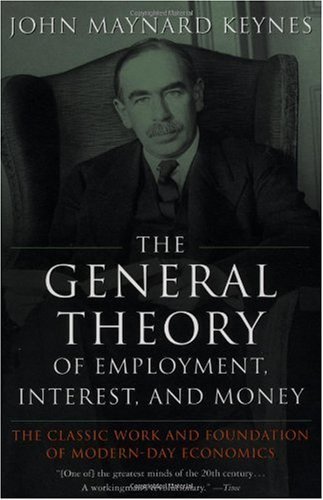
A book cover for The General Theory of Employment, Interest, and Money; John Maynard Keynes; Business & Money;